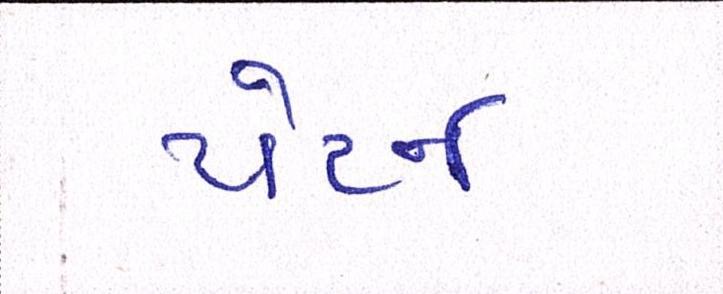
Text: પેટર્ન